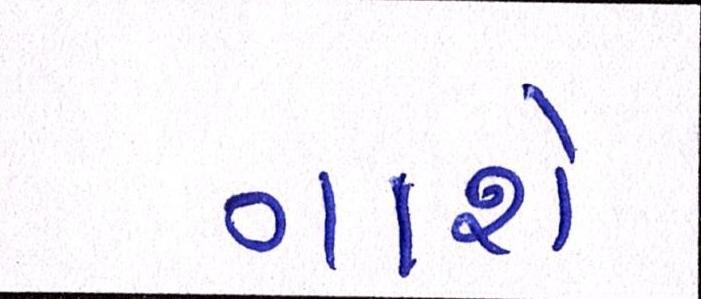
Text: ગાશે